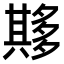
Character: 𫯘